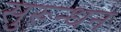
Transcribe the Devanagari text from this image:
सुरून्धन